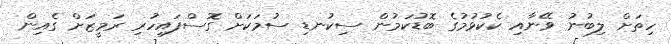
ހިތަށް ލިބުނު ވޭނާއި ކެކުޅުމުގެ ބޮޑުކަމުން ސިކުނޑި ސުމަކަށް ގޮސްފައިހުރި ރަމީޒަށް ގެއިން